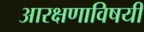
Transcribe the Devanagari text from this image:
आरक्षणाविषयी